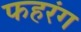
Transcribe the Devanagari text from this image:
फहरंग